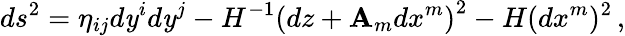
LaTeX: ds^{2}=\eta_{ij}d\mathit{y}^{i}d\mathit{y}^{j}-H^{-1}\left(dz+{\mathbf{A}}_{m}dx^{m}\right)^{2}-H(dx^{m})^{2}\, ,